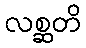
လစ္ဆတိ